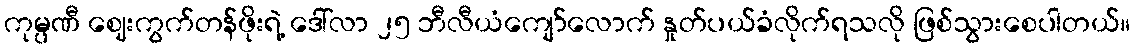
ကုမ္ပဏီ ဈေးကွက်တန်ဖိုးရဲ့ ဒေါ်လာ ၂၅ ဘီလီယံကျော်လောက် နှုတ်ပယ်ခံလိုက်ရသလို ဖြစ်သွားစေပါတယ်။